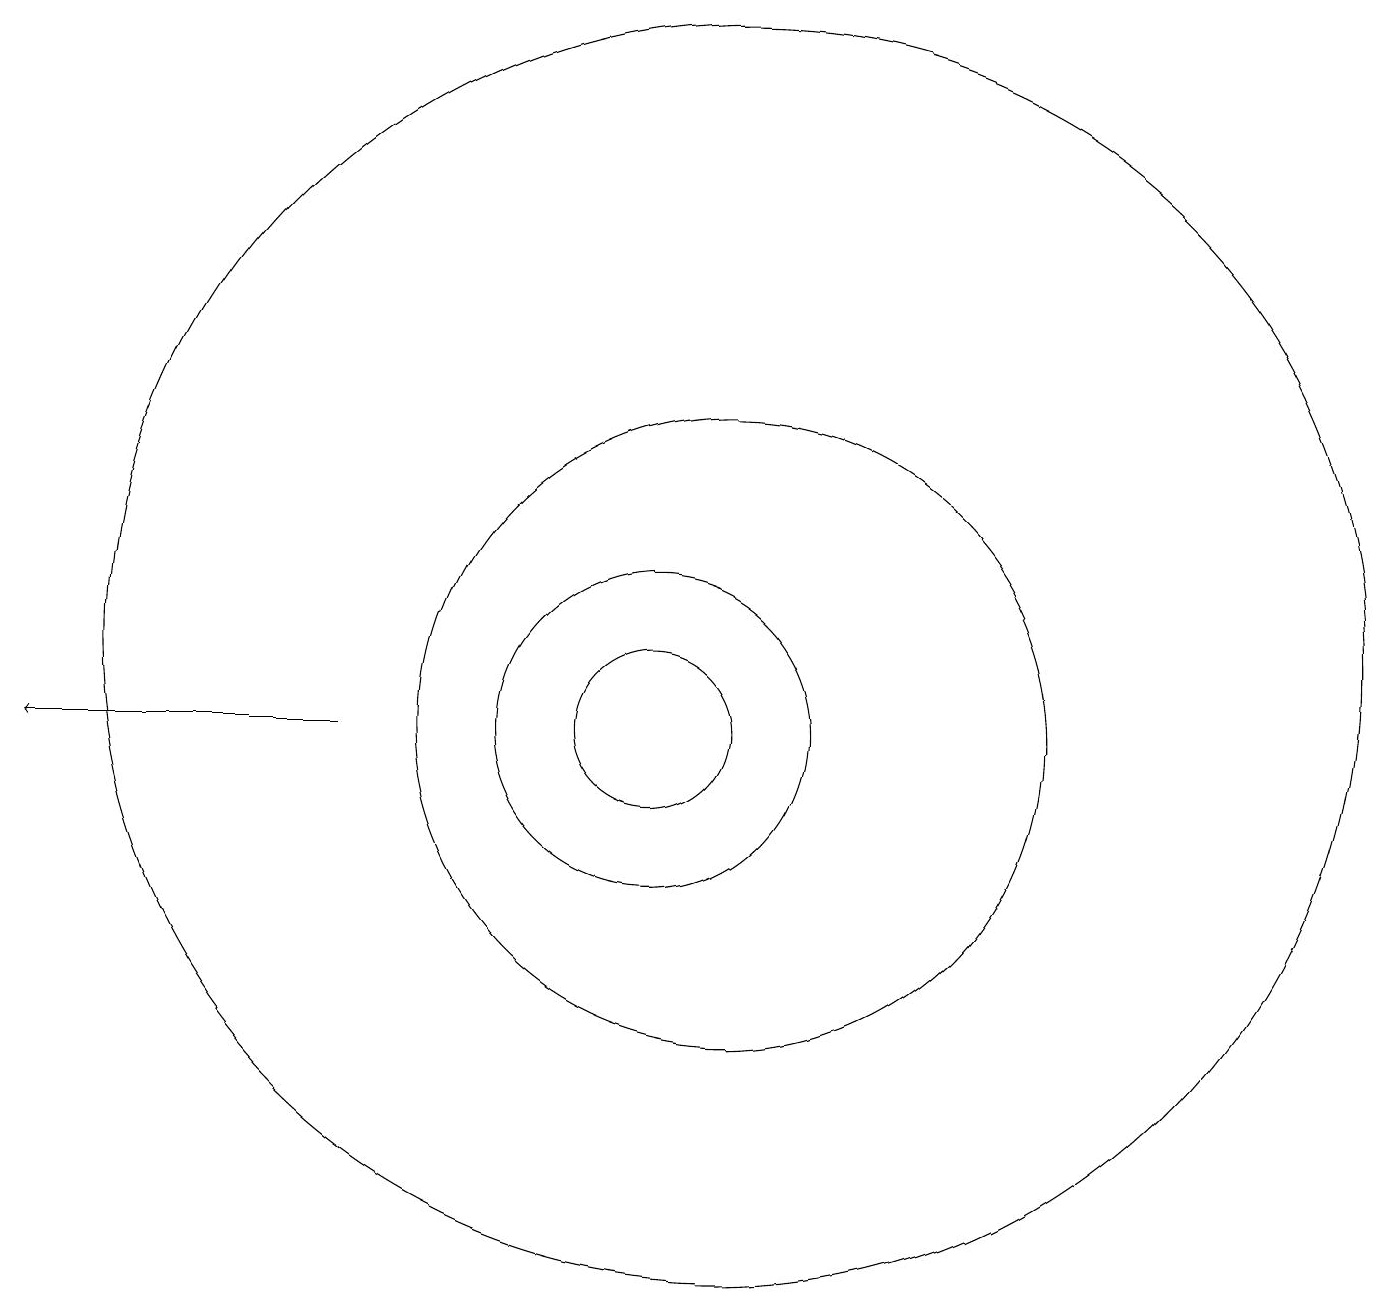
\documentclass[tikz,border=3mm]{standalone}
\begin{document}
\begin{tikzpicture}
\draw (11,11) circle (8);
\draw (11,10) circle (4);
\draw (10,10) circle (2);
\draw[->] (6,10) -- (2,10);
\draw (10,10) circle (1);
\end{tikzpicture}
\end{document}